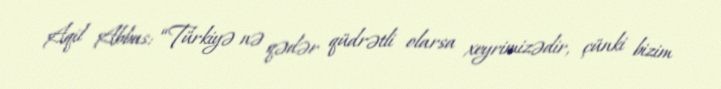
Aqil Abbas: “Türkiyə nə qədər qüdrətli olarsa xeyrimizədir, çünki bizim